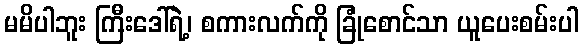
မမိပါဘူး ကြီးဒေါ်ရဲ့၊ စကားလက်ကို ခြုံစောင်သာ ယူပေးစမ်းပါ